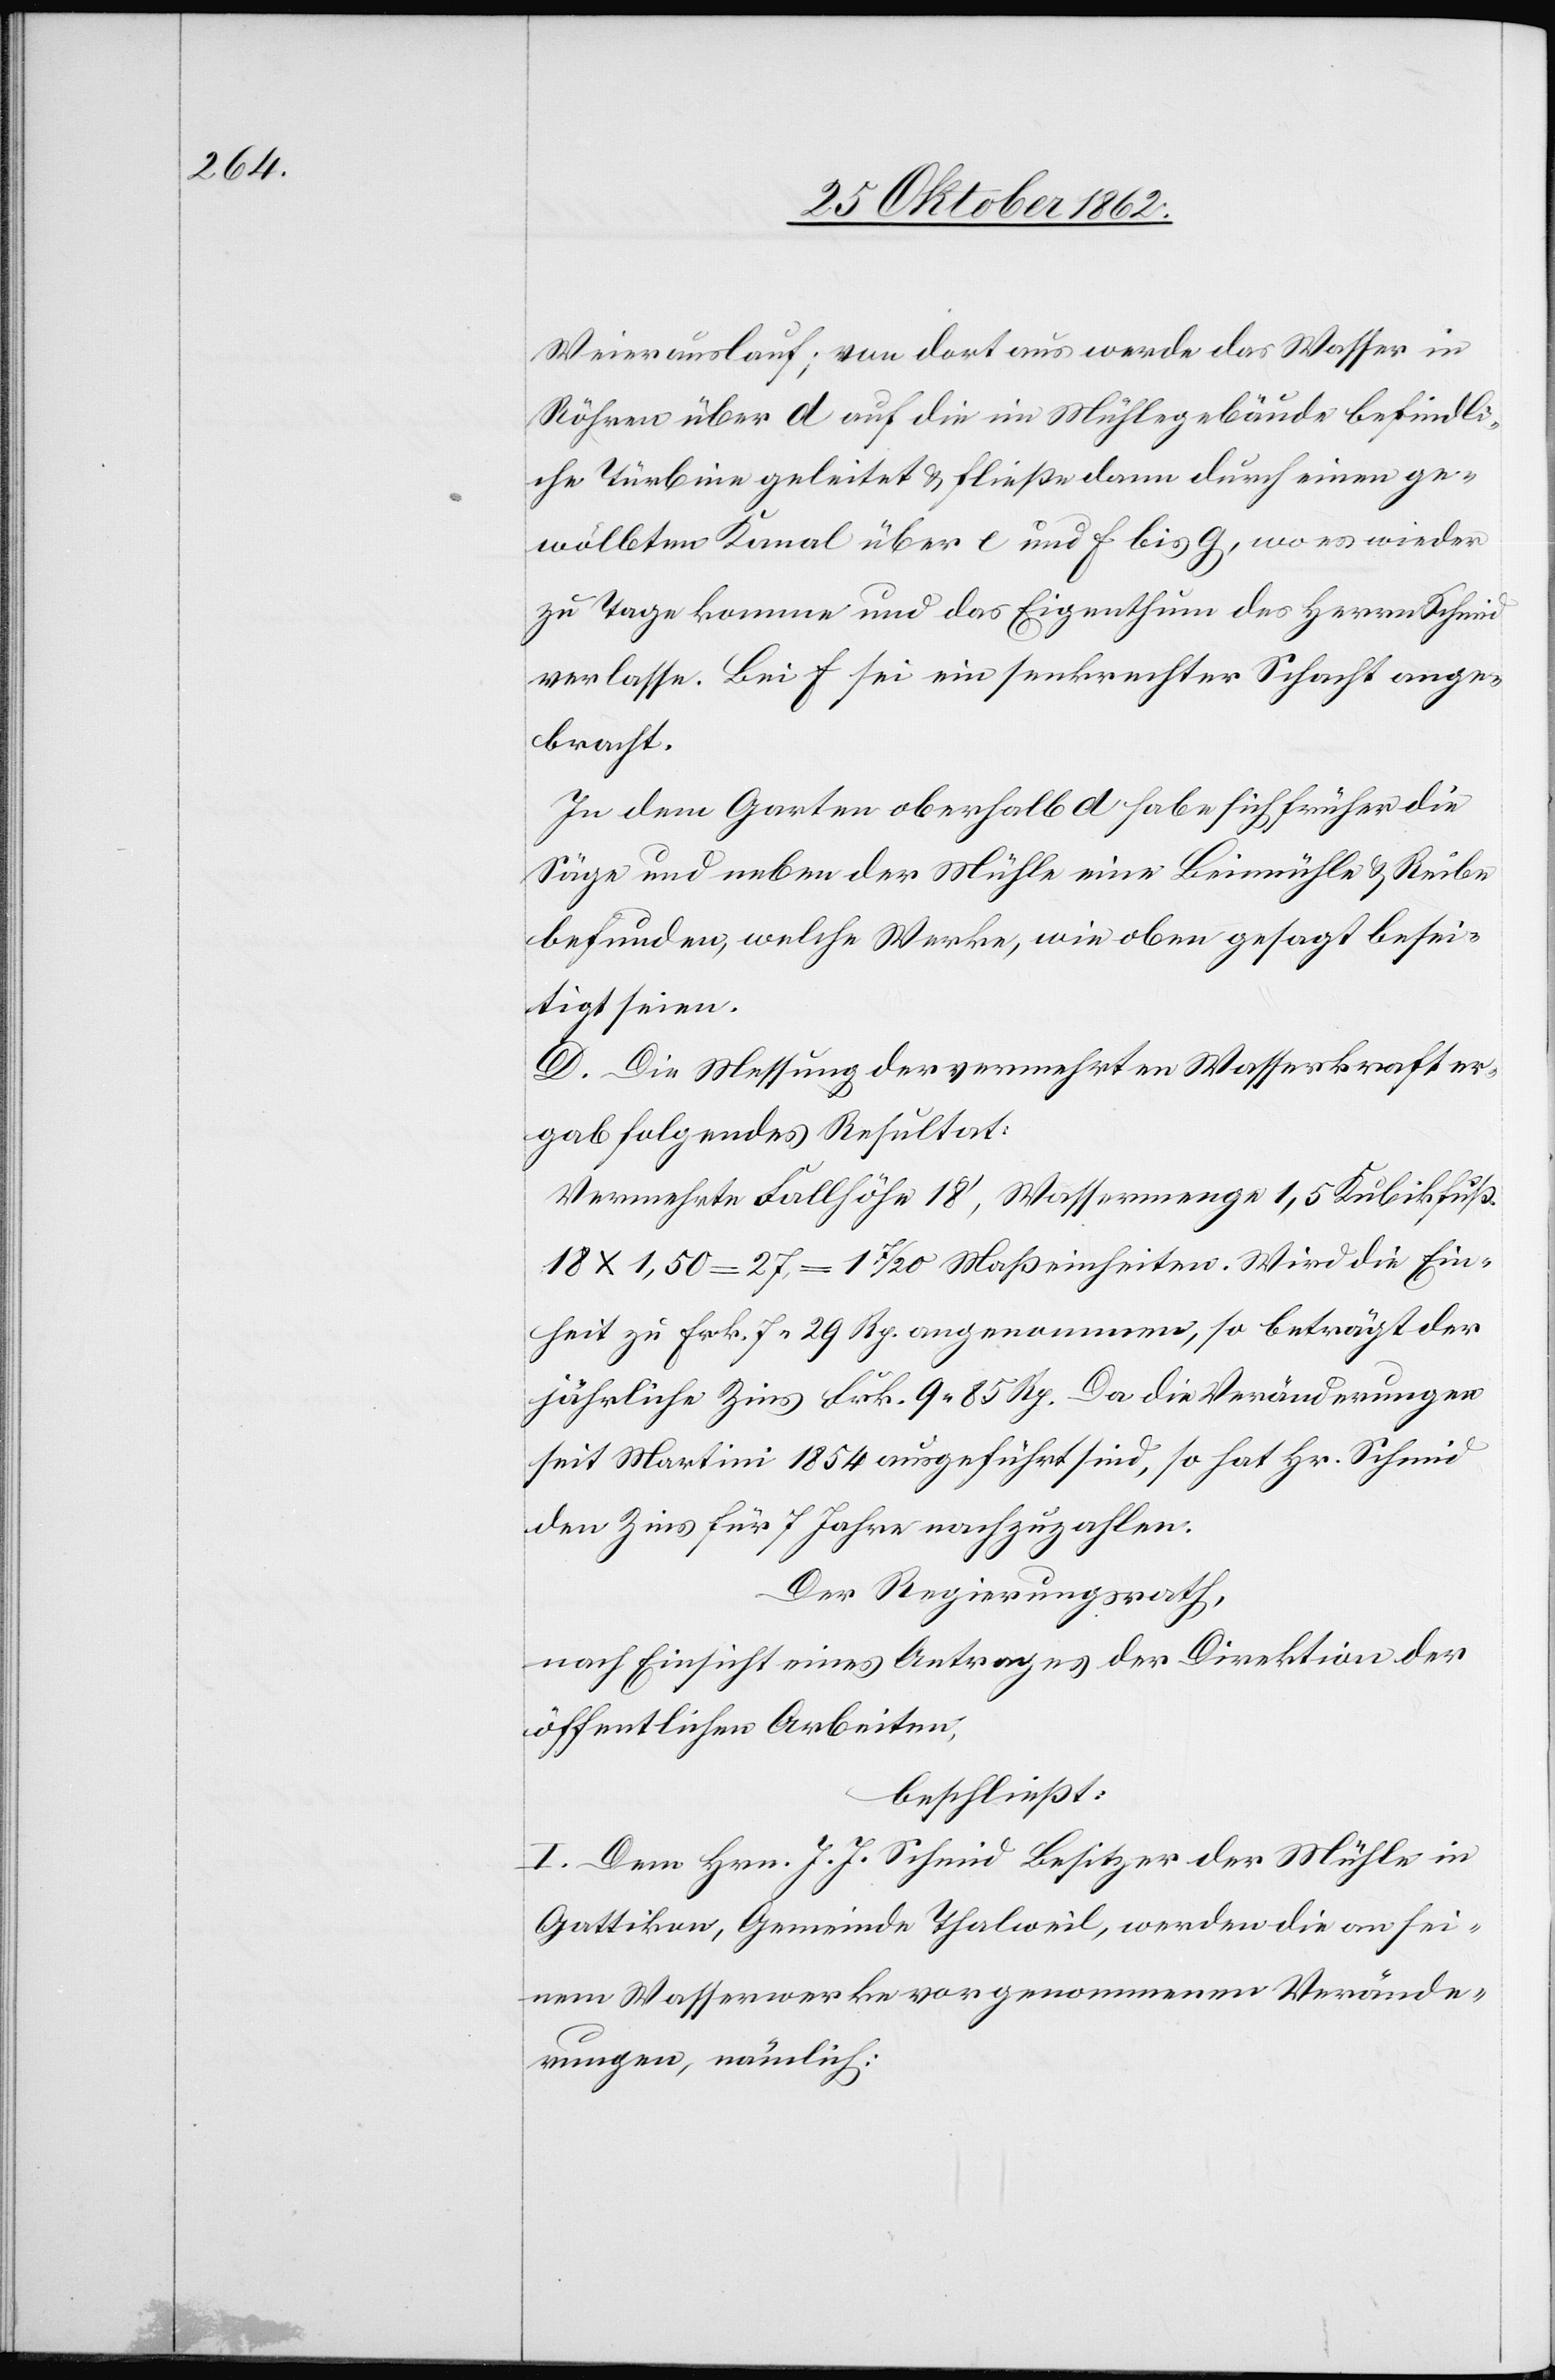
Weierauslauf; von dort aus werde das Wasser in
Röhren über d auf die im Mühlegebäude befindli¬
che Türbine geleitet u. fließe dann durch einen ge¬
wölbten Kanal über e und f bis g, wo es wieder
zu Tage komme und das Eigenthum des Herrn Schmid
verlasse. Bei f sei ein senkrechter Schacht ange¬
bracht.
In dem Garten oberhalb d habe sich früher die
Säge und neben der Mühle eine Beimühle u. Reibe
befunden, welche Werke, wie oben gesagt besei¬
tigt seien.
D. Die Messung der vermehrten Wasserkraft er¬
gab folgendes Resultat:
Vermehrte Fallhöhe 18’, Wassermenge 1,5 Kubikfuß.
18x1,50 = 27 = 1 7/20 Maßeinheiten. Wird die Ein¬
heit zu Frk. 7 29 Rp. angenommen, so beträgt der
jährliche Zins Frk. 9 85 Rp. Da die Veränderungen
seit Martini 1854 ausgeführt sind, so hat Hr. Schmid
den Zins für 7 Jahre nachzuzahlen.
Der Regierungsrath,
nach Einsicht eines Antrages der Direktion der
öffentlichen Arbeiten,
beschließt:
I. Dem Hrn. J. J. Schmid Besitzer der Mühle in
Gattikon, Gemeinde Thalweil, werden die an sei¬
nem Wasserwerke vorgenommenen Verände¬
rungen, nämlich: